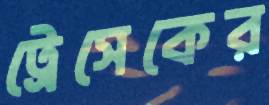
ট্রেসেকের